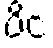
ပိင